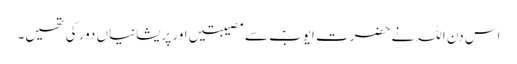
اس دن اللہ نے حضرت ایوبؑ سے مصیبتیں اور پریشانیاں دور کی تھیں۔